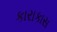
કારાકાસ